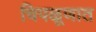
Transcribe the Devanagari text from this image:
चिपळूणात